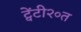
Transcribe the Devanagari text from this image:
ट्वेंटी२०त